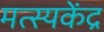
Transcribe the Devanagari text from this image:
मत्स्यकेंद्र